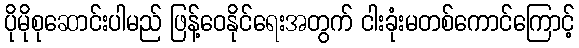
ပိုမိုစုဆောင်းပါမည် ဖြန့်ဝေနိုင်ရေးအတွက် ငါးခုံးမတစ်ကောင်ကြောင့်